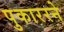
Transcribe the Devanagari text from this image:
पुकाररने